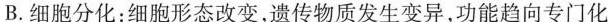
B.细胞分化：细胞形态改变，遗传物质发生变异，功能趋向专门化